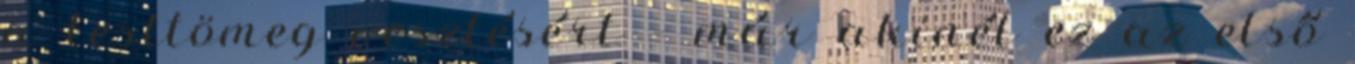
a testtömeg vesztésért – már akinél ez az első